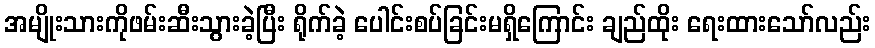
အမျိုးသားကိုဖမ်းဆီးသွားခဲ့ပြီး ရိုက်ခဲ့ ပေါင်းစပ်ခြင်းမရှိကြောင်း ချည်ထိုး ရေးထားသော်လည်း